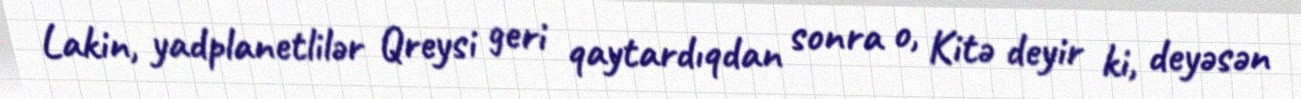
Lakin, yadplanetlilər Qreysi geri qaytardıqdan sonra o, Kitə deyir ki, deyəsən